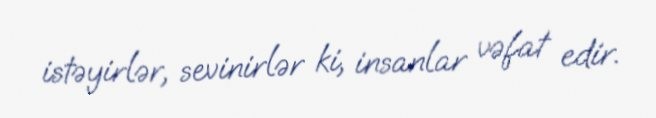
istəyirlər, sevinirlər ki, insanlar vəfat edir.